Indian journal of veterinary science and animal husbandry - Volume 6,
Year: 1936
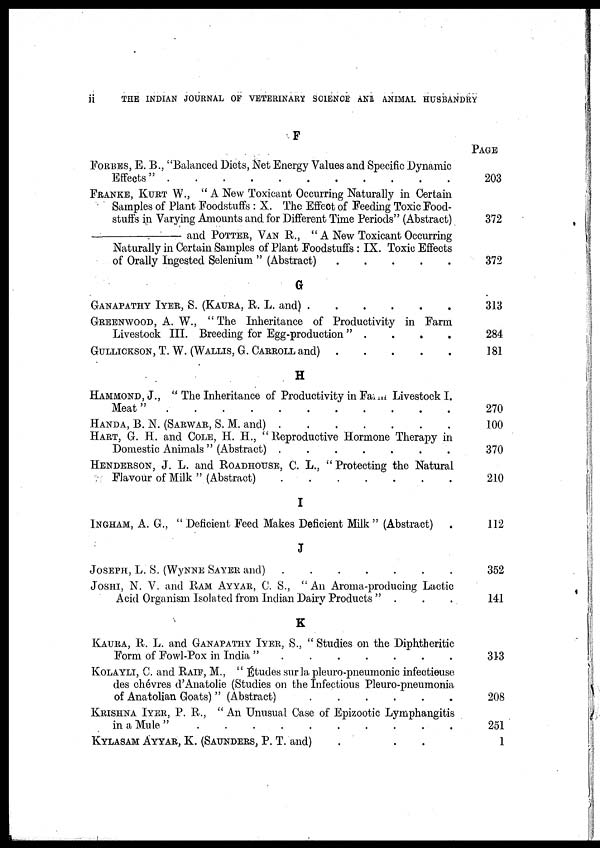
ii
THE INDIAN JOURNAL OF VETERINARY SCIENCE AND ANIMAL HUSBANDRY
F
FORBES, E. B., "Balanced Diets, Net Energy Values and Specific Dynamic
Effects"
FRANKE, KURT W., " A New Toxicant Occurring Naturally in Certain
Samples of Plant Foodstuffs : X. The Effect of Feeding Toxic Food-
stuffs in Varying Amounts and for Different Time Periods" (Abstract)
—
and POTTER, VAN R., " A New Toxicant Occurring
Naturally in Certain Samples of Plant Foodstuffs : IX. Toxic Effects
of Orally Ingested Selenium " (Abstract)
G
GANAPATHY IYER, S. (KAURA, R. L. and)
GREENWOOD, A. W., " The Inheritance of Productivity in Farm
Livestock III. Breeding for Egg-production " .
GULLICKSON, T. W. (WALLIS, G. CARROLL and)
H
HAMMOND, J., " The Inheritance of Productivity in Farm Livestock I.
Meat"
HANDA, B. N. (SARWAR, S. M. and)
HART, G. H. and COLE, H. H., " Reproductive Hormone Therapy in
Domestic Animals " (Abstract)
.......
HENDERSON, J. L. and ROADHOUSE, C. L., "Protecting the Natural
Flavour of Milk " (Abstract)
I
INGHAM, A. G., " Deficient Feed Makes Deficient Milk " (Abstract)
.
J
JOSEPH, L. S. (WYNNE SAYER and)
JOSHI, N. V. and RAM AYYAR, C. S., " An Aroma-producing Lactic
Acid Organism Isolated from Indian Dairy Products " .
K
KAURA, R. L. and GANAPATHY IYER, S., " Studies on the Diphtheritic
Form of Fowl-Pox in India "
.
KOLAYLI, C. and RAIF, M., " Études sur la pleuro-pneumonic infectieuse
des chévres d'Anatolie (Studies on the Infectious Pleuro-pneumonia
of Anatolian Goats) " (Abstract)
KRISHNA IYER, P. R., "An Unusual Case of Epizootic Lymphangitis
in a Mule"
KYLASAM AYYAR, K. (Saunders, P. T. and)
PAGE
203
372
372
313
284
181
270
100
370
210
112
352
141
313
208
251
1